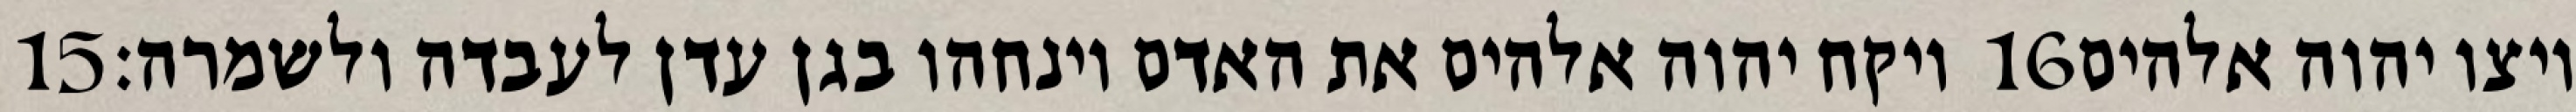
‎15‏ ויקח יהוה אלהים את האדם וינחהו בגן עדן לעבדה ולשמרה׃ ‎16‏ ויצו יהוה אלהים